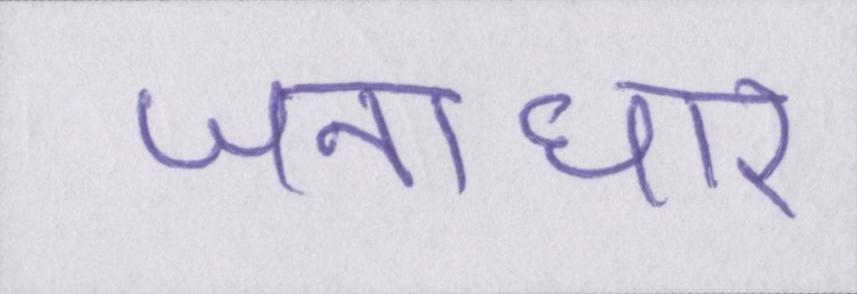
जनाधार